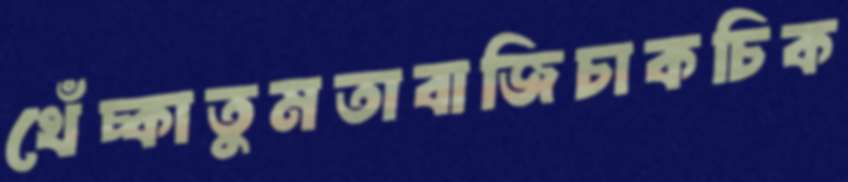
খেঁচ্‌কাতুমতাবাজিচাকচিক